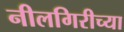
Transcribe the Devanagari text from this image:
नीलगिरीच्या